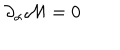
LaTeX: \partial _ { \alpha } { \cal M } = 0